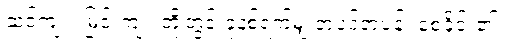
ဆင်ကျုံး၊ မြင်းကျုံး တို့တွင် ခုနစ်ရက်မျှ တပင်တပန်း စေခိုင်း၏။